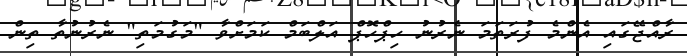
ރާއްޖޭގައި އެންމެ ފުރަތަމަ ނެރުނު ހިޕްހޮޕް އަލްބަމް ކަމަށްވާ "މަގުމަތި" ނެރުނުތާ ތިން